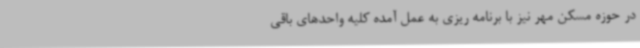
در حوزه مسکن مهر نیز با برنامه ریزی به عمل آمده کلیه واحدهای باقی